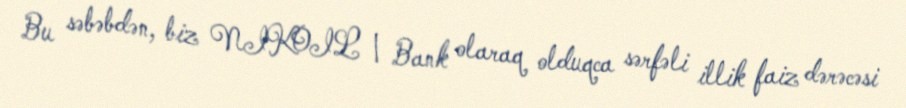
Bu səbəbdən, biz NIKOIL | Bank olaraq olduqca sərfəli illik faiz dərəcəsi